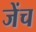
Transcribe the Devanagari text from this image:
जेंच